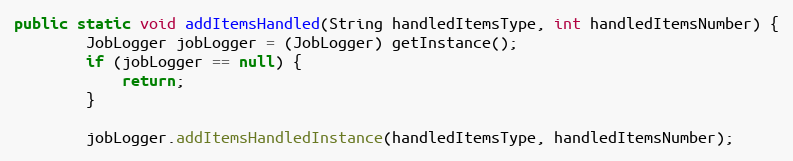
Language: Java
public static void addItemsHandled(String handledItemsType, int handledItemsNumber) {
    	JobLogger jobLogger = (JobLogger) getInstance();
        if (jobLogger == null) {
            return;
        }

        jobLogger.addItemsHandledInstance(handledItemsType, handledItemsNumber);